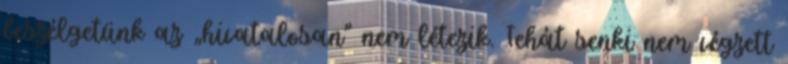
beszélgetünk az „hivatalosan” nem létezik. Tehát senki nem végzett